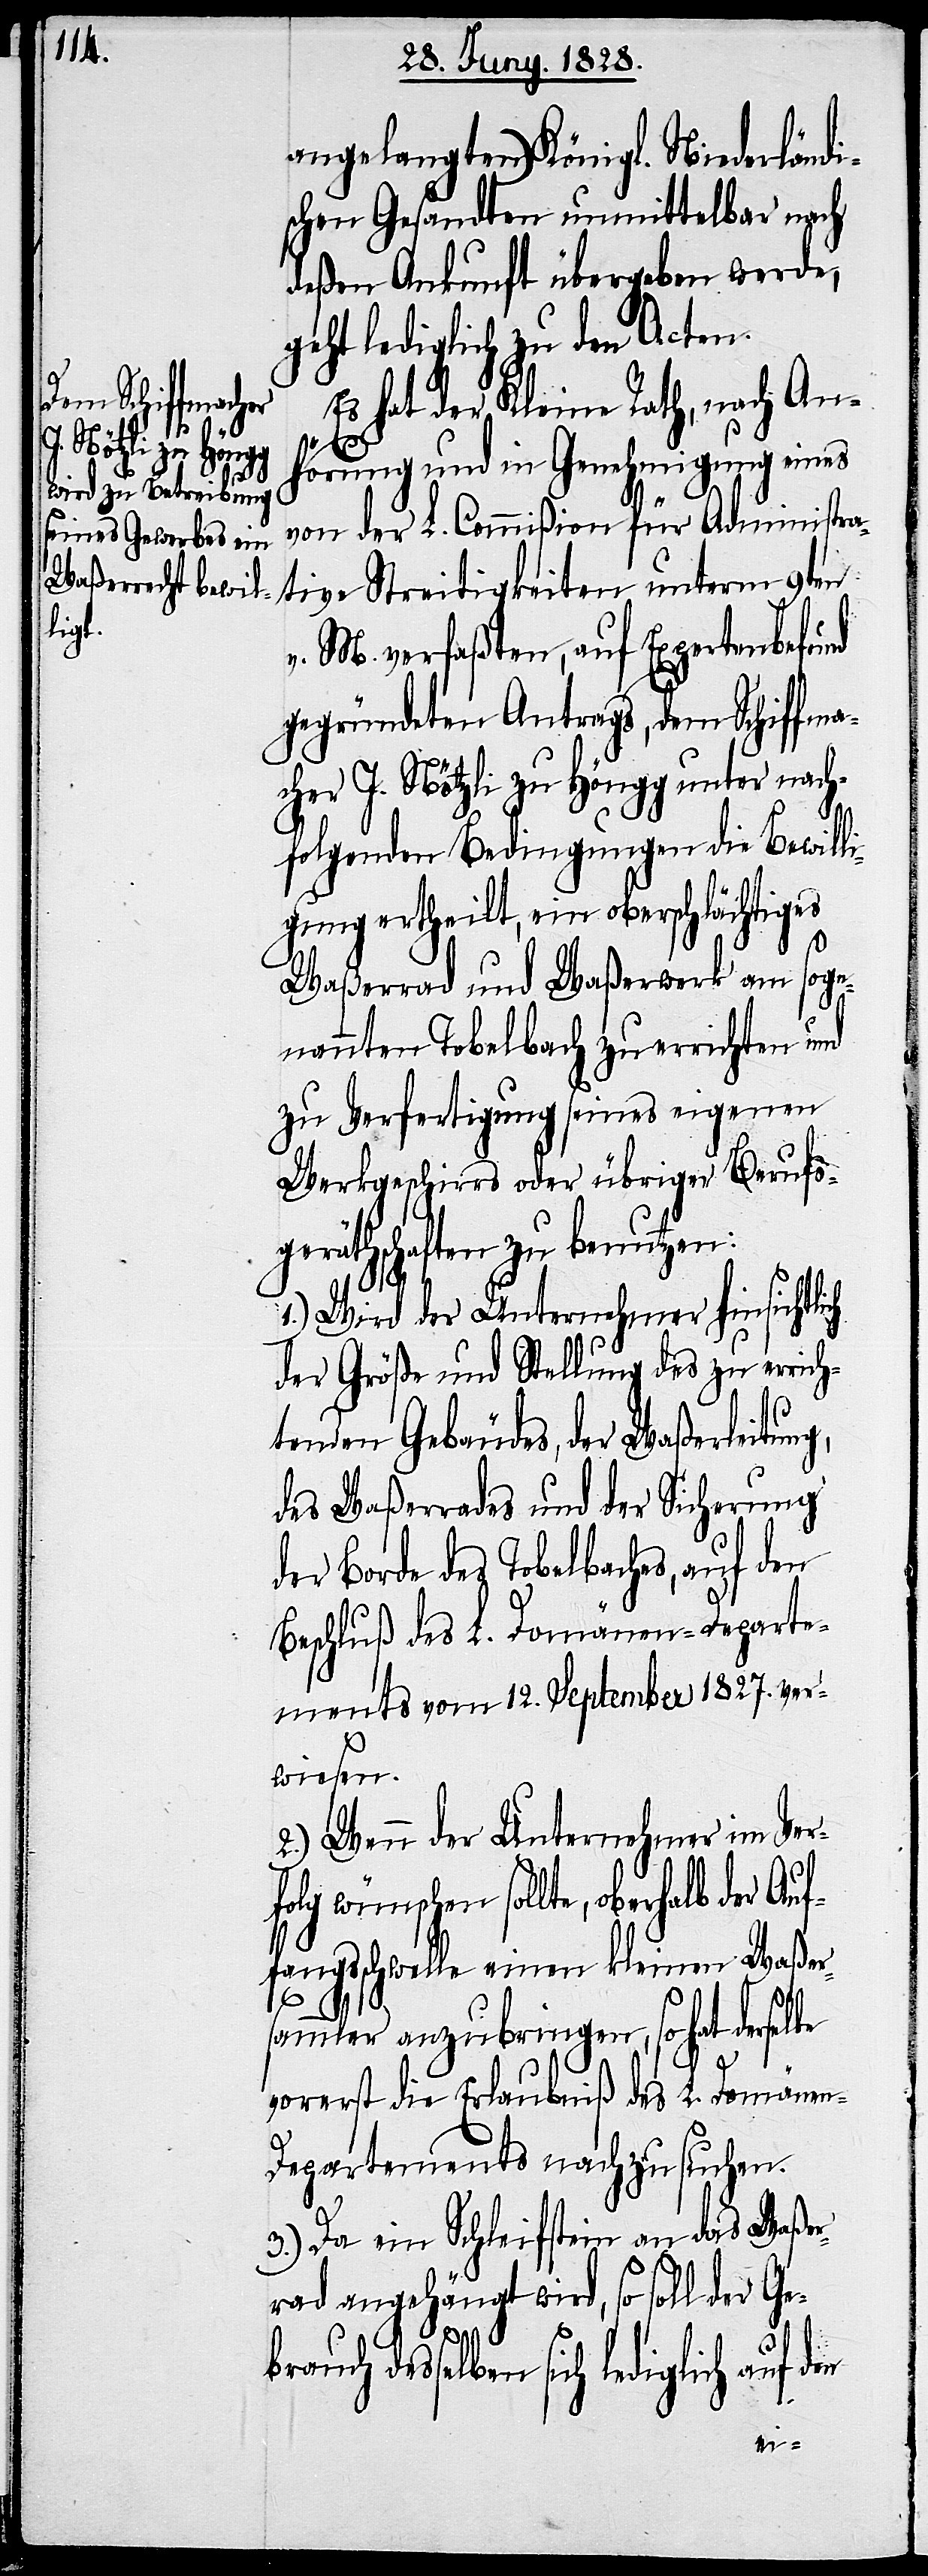
angelangten) Königl. Niederländi¬
schen Gesandten unmittelbar nach
deßen Ankunft übergeben werde,
geht lediglich zu den Acten.
Es hat der Kleine Rath, nach An¬
hörung und in Genehmigung eines
von der L. Commißion für Administra¬
tive Streitigkeiten unterm 9ten
v. M. verfaßten, auf Expertenbefund
gegründeten Antrags, dem Schiffma¬
cher J. Nötzli zu Höngg unter nach¬
folgenden Bedingungen die Bewill¬
igung ertheilt, ein oberschlächtiges
Waßerrad und Waßerwerk am soge¬
nannten Tobelbach zu errichten und
zu Verfertigung seines eigenen
Werkgeschirrs oder übriger Berufs¬
geräthschaften zu benutzen:
1.) Wird der Unternehmer hinsicht¬
der Größe und Stellung des zu errich¬
tenden Gebäudes, der Waßerleitung,
des Waßerrades und der Sicherung
der Borde des Tobelbaches, auf den
Beschluß des L. Domänen-Departe¬
ments vom 12. September 1827. ver¬
wiesen.
2.) Wenn der Unternehmer im Ver¬
folg wünschen sollte, oberhalb der Auf¬
fangsschwelle einen kleinen Waßer¬
sammler anzubringen, so hat derselbe
vorerst die Erlaubniß des L. Domänen-D¬
epartements nachzusuchen.
3.) Da ein Schleifstein an das Waße¬
rwerk angehängt wird, so soll der
Gebrauch
desselben sich lediglich auf d¬
en